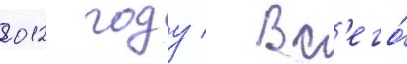
2012 году / вс'его́